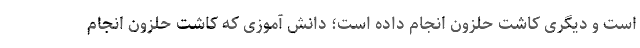
است و دیگری کاشت حلزون انجام داده است؛ دانش آموزی که کاشت حلزون انجام